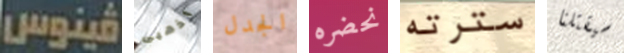
فينوس اذهبى الجدل نحضره سترته سيقتلنا